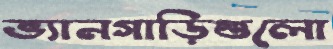
ভ্যানগাড়িগুলো